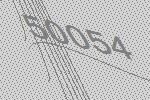
50054